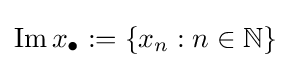
\operatorname {Im} x_{\bullet }:=\left\{x_{n}:n\in \mathbb {N} \right\}